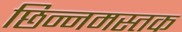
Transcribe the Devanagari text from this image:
छिन्नमस्तक